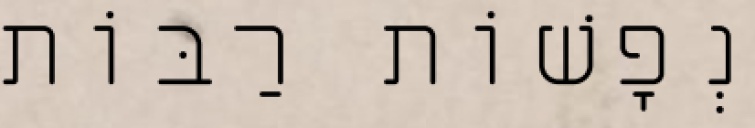
נְפָשׁוֹת רַבּוֹת